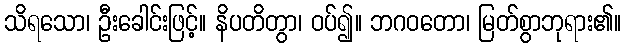
သိရသော၊ ဦးခေါင်းဖြင့်။ နိပတိတွာ၊ ဝပ်၍။ ဘဂဝတော၊ မြတ်စွာဘုရား၏။